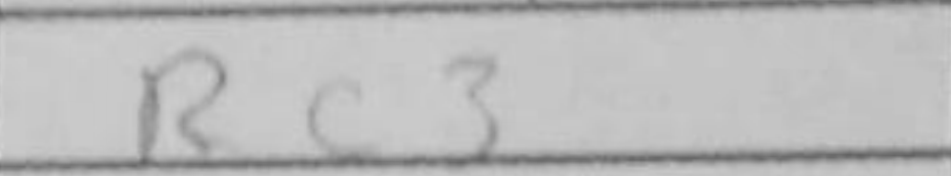
Transcription: Rc3